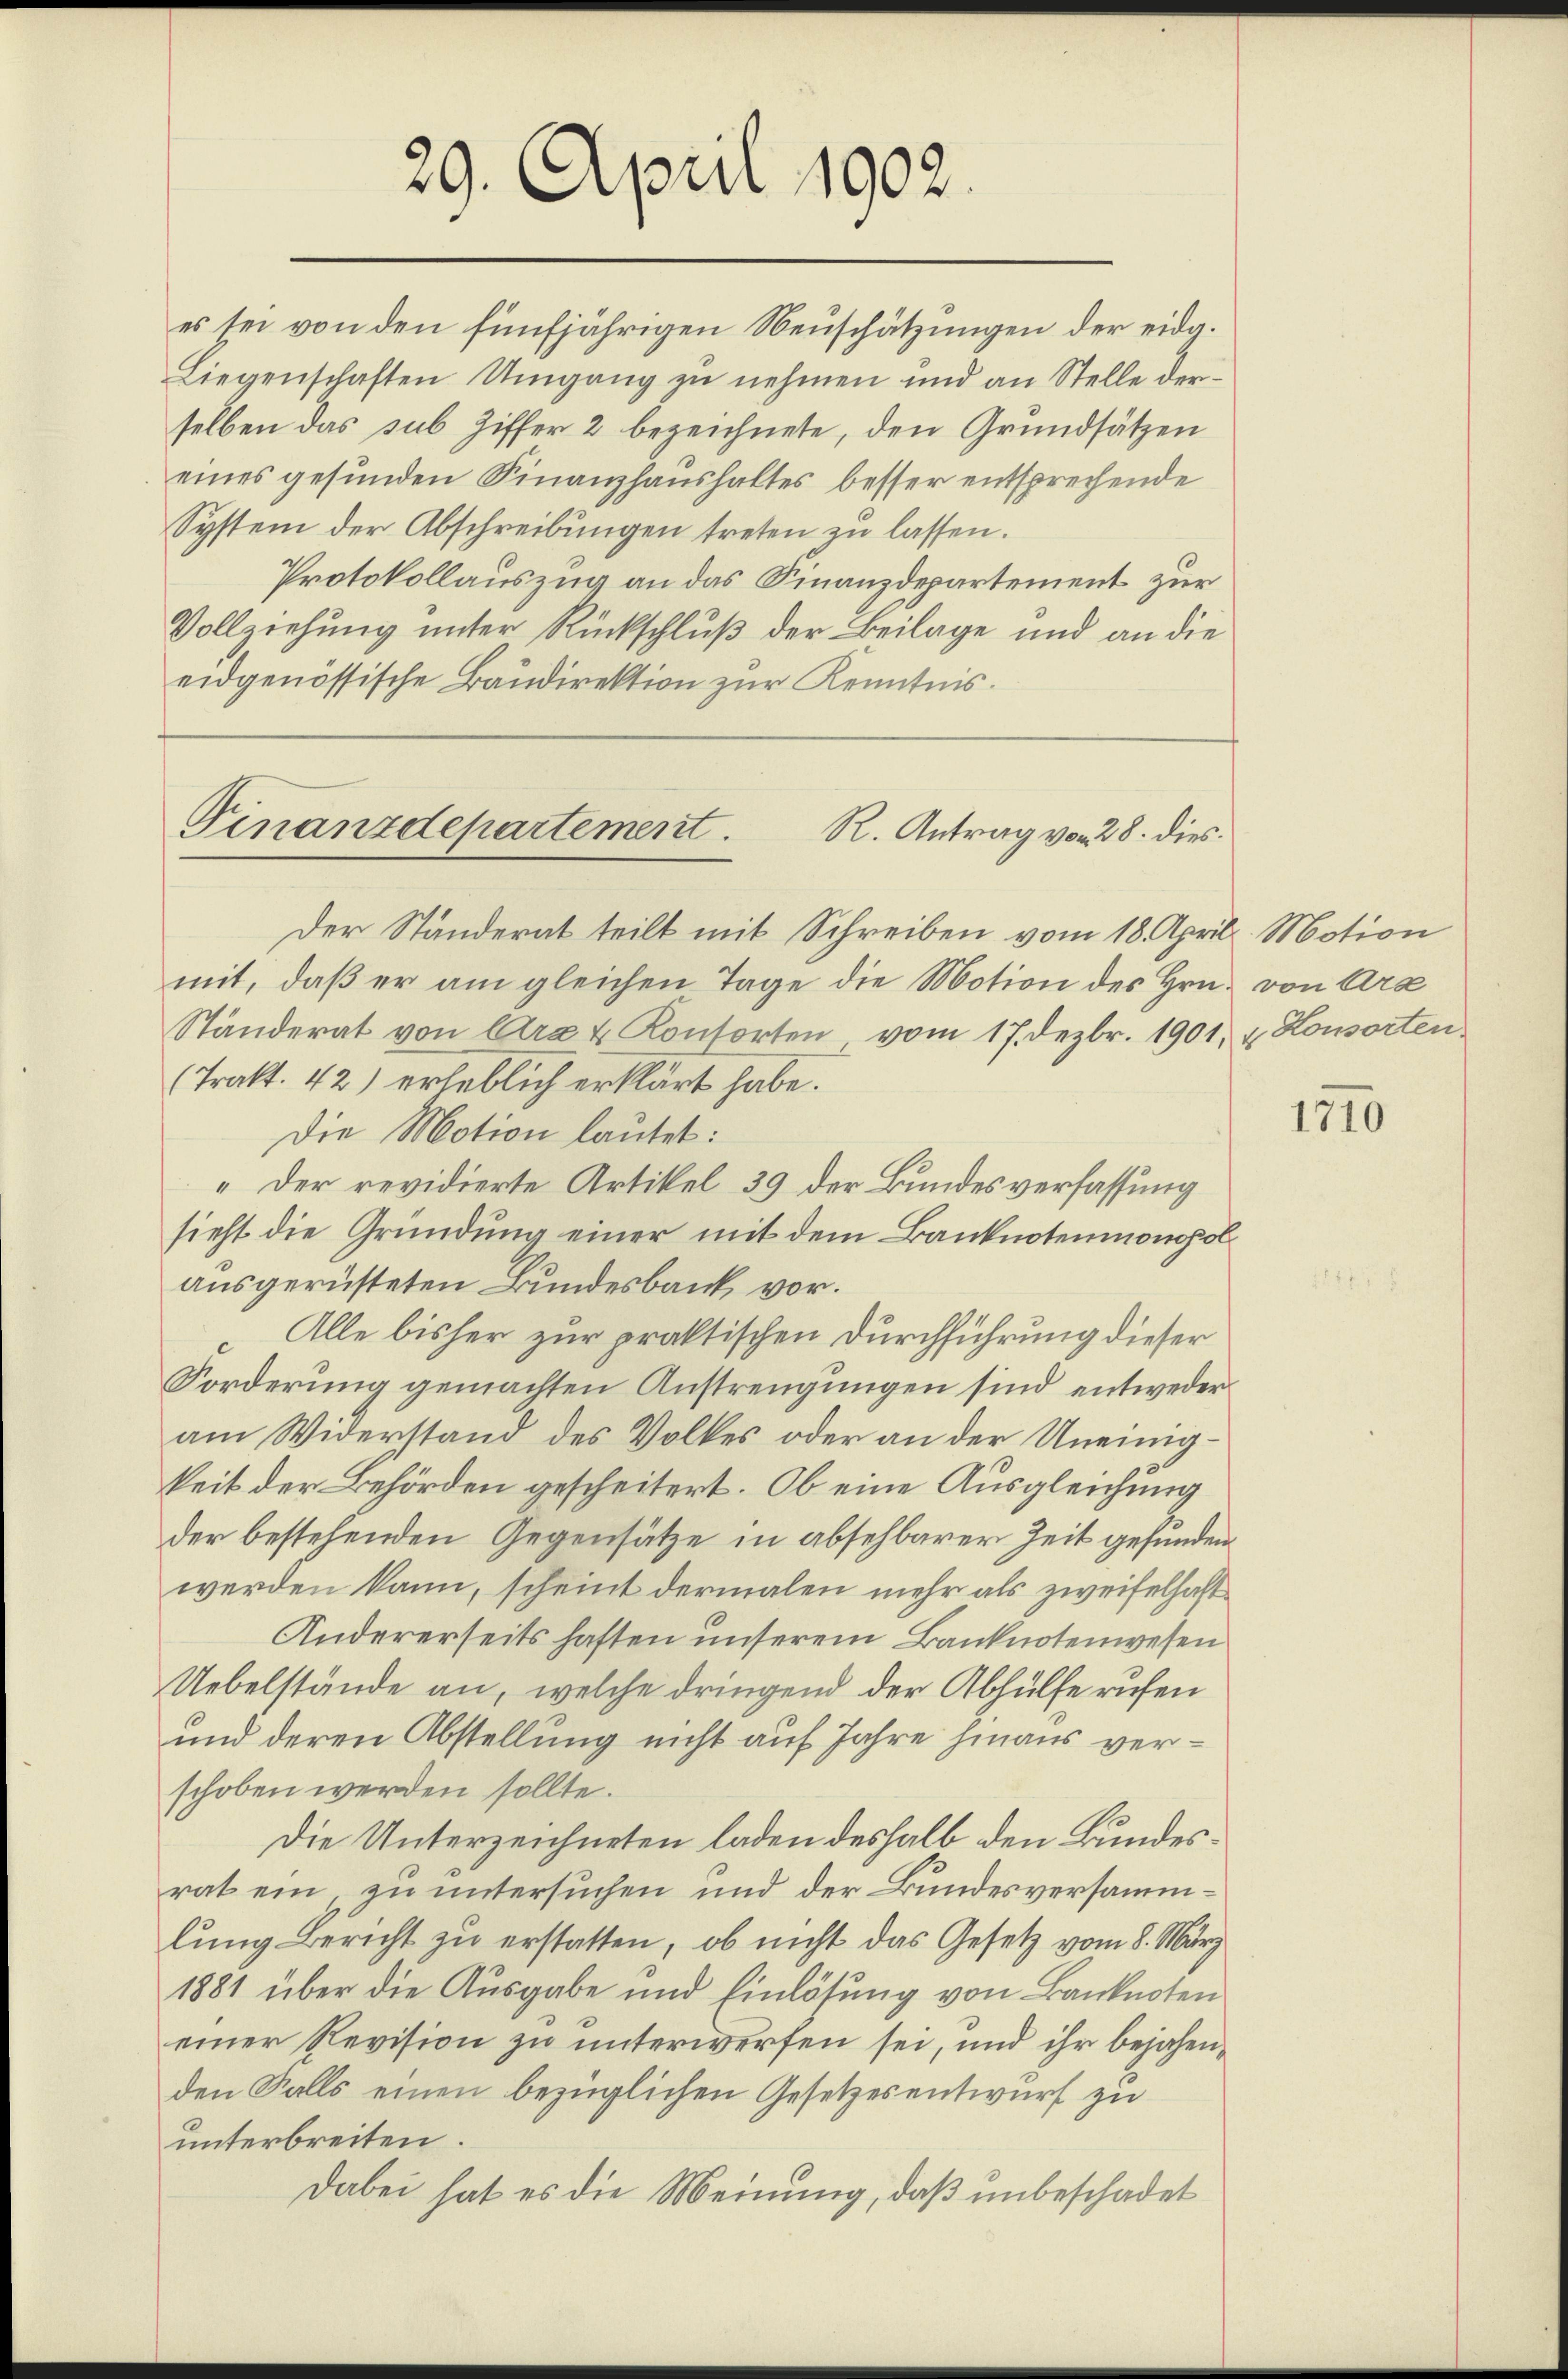
29. April 1902.

es sei von den fünfjährigen Neuschätzungen der eidg.
Liegenschaften Umgang zu nehmen und an Stelle derselben das sub. Ziffer 2 bezeichnete, den Grundsätzen
eines gesunden Finanzhaushaltes besser entsprechende
System der Abschreibungen treten zu lassen.
Protokollauszug an das Finanzdepartement zur
Vollziehung unter Rückschluß der Beilage und an die
eidgenössische Baudirektion zur Kenntnis.
Finanzdepartement.
R. Antrag von 28. dies

Der Ständerat teilt mit Schreiben vom 18. April. Motion
mit, daß er am gleichen Tage die Motion des Hrn. von Ara
Ständerat von Arau Kontorten vom 17. Dezbr. 1901, & Konsorten
(Tratt. 42) erheblich erklärt habe.
Die Motion lautet:
„Der revidierte Artikel 39 der Bundesverfassung
sieht die Gründung einer mit dem Banknotenmonopolausgerüsteten Bundesbank vor.
Alle bisher zur praktischen Durchführung dieser
Forderung gemachten Anstrengungen sind entwederam Widerstand des Volkes oder an der Uneinigkeit der Behörden gescheitert. Ob eine Ausgleichung
der bestehenden Gegensätze in absehbarer Zeit gefunden
werden kann, scheint dermalen mehr als zweifelhaft
Andererseits haften unserem Banknotenwesen
Uebelstände an, welche dringend der Abhülfe rufen
und deren Abstellung nicht auf Jahre hinaus verschoben werden sollte.
Die Unterzeichneten laden deshalb den Bundesrat ein zu untersuchen und der Bundesversammlung Bericht zu erstatten, ob nicht das Gesetz vom 8. März
1881 über die Aŭsgabe und Einlösung von Banknoten
einer Revision zu unterwerfen sei, und ihr bejahenden Falls einen bezüglichen Gesetzesentwurf zu
unterbreiten.
Dabei hat es die Meinung, daß unbeschadet

1710